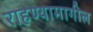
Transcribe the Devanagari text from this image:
राहण्यामागील